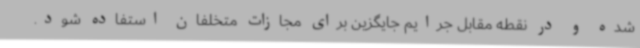
شده و در نقطه مقابل جرایم جایگزین برای مجازات متخلفان استفاده شود.